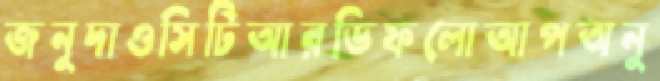
জনুদাওসিটিআরডিফলোআপঅনু